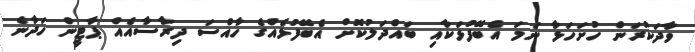
ވާދަކުރަން ހުށަހަޅާ ނަމަ އެބޭފުޅަކާއި ބައްދަލުކޮށް އެބޭފުޅެއްގެ ހާއްސަ ދިރާސާއެއް ޕާޓީން ހަދާނެ